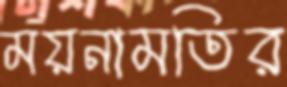
ময়নামতির